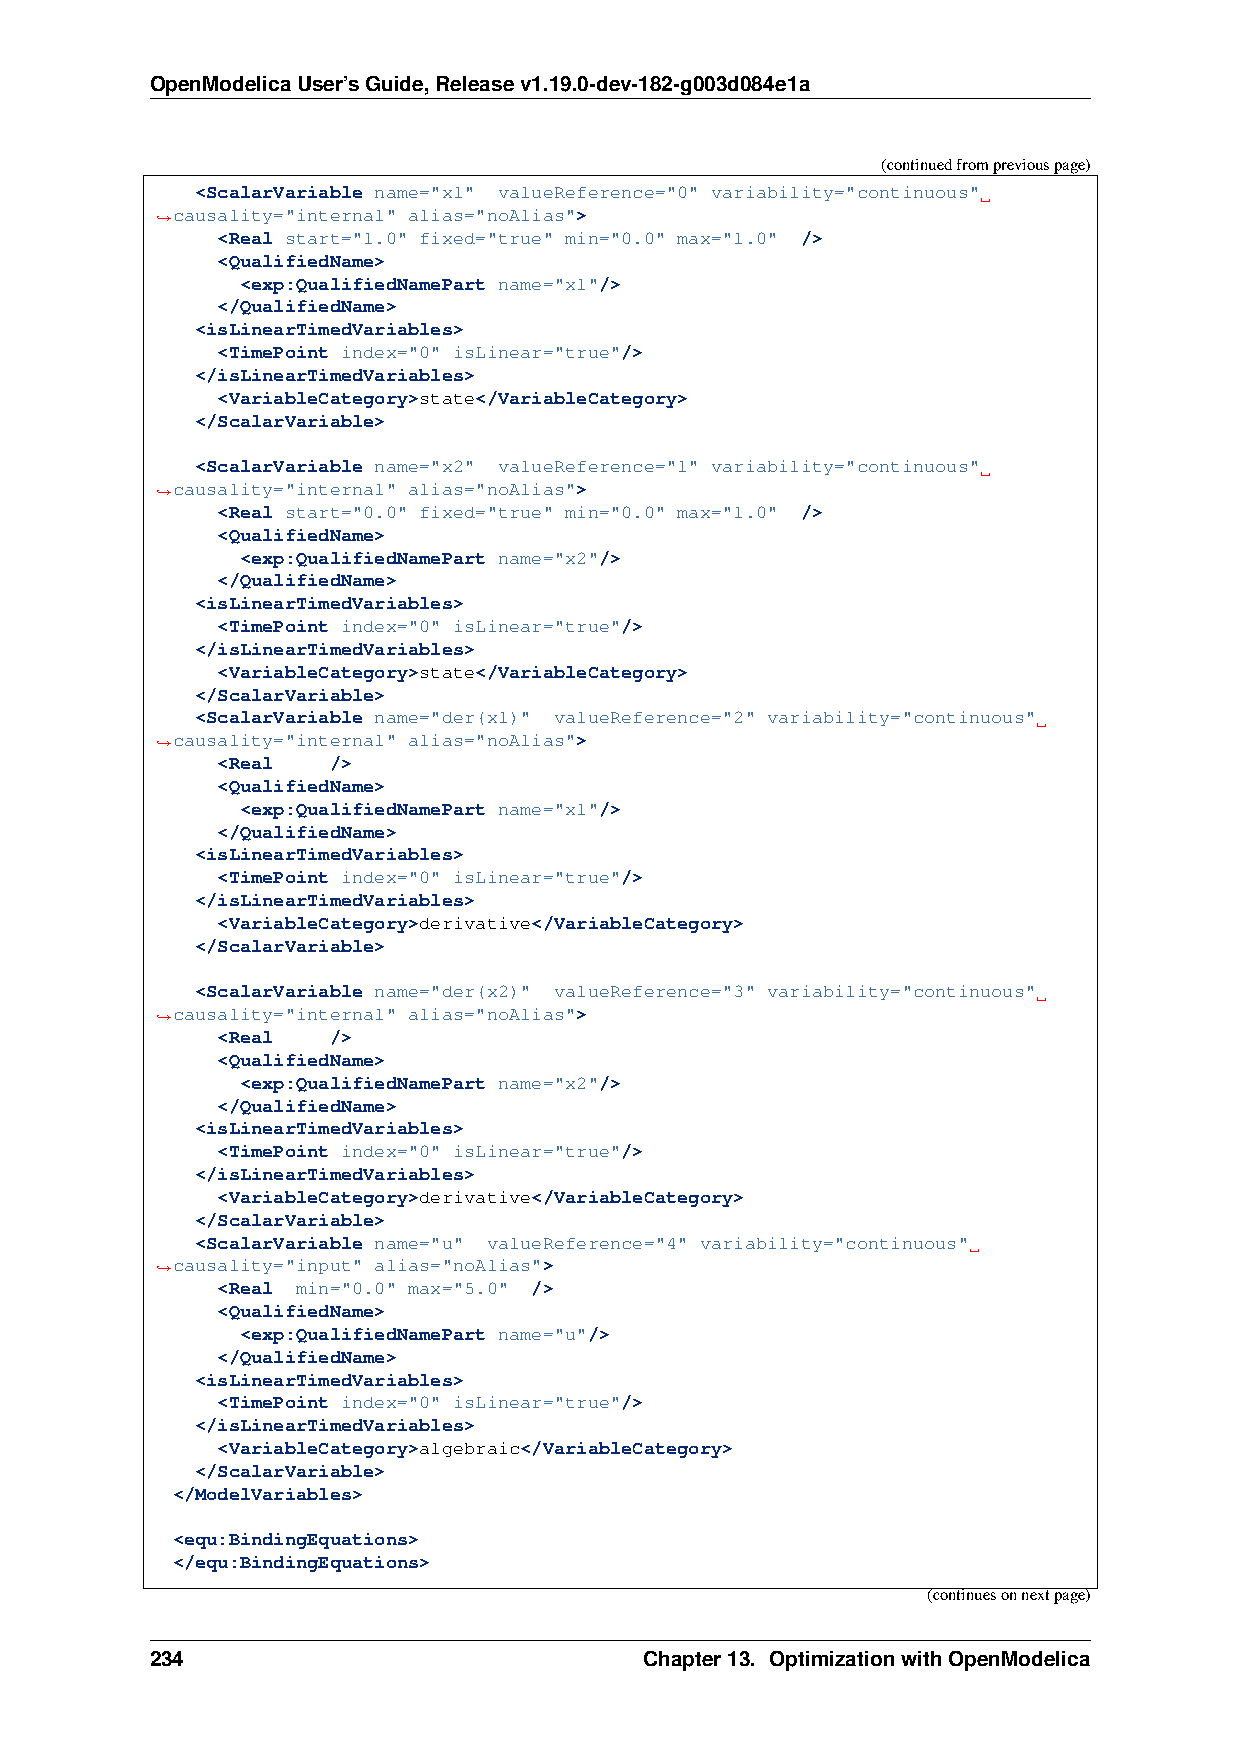
OpenModelicaUser’sGuide,Releasev1.19.0-dev-182-g003d084e1a
 (continuedfrompreviouspage)
 <ScalarVariable name="x1" valueReference="0" variability="continuous"
 causality="internal" alias="noAlias">
 ˓→
 <Real start="1.0" fixed="true" min="0.0" max="1.0" />
 <QualifiedName>
 <exp:QualifiedNamePart name="x1"/>
 </QualifiedName>
 <isLinearTimedVariables>
 <TimePoint index="0" isLinear="true"/>
 </isLinearTimedVariables>
 <VariableCategory>state</VariableCategory>
 </ScalarVariable>
 <ScalarVariable name="x2" valueReference="1" variability="continuous"
 causality="internal" alias="noAlias">
 ˓→
 <Real start="0.0" fixed="true" min="0.0" max="1.0" />
 <QualifiedName>
 <exp:QualifiedNamePart name="x2"/>
 </QualifiedName>
 <isLinearTimedVariables>
 <TimePoint index="0" isLinear="true"/>
 </isLinearTimedVariables>
 <VariableCategory>state</VariableCategory>
 </ScalarVariable>
 <ScalarVariable name="der(x1)" valueReference="2" variability="continuous"
 causality="internal" alias="noAlias">
 ˓→
 <Real   />
 <QualifiedName>
 <exp:QualifiedNamePart name="x1"/>
 </QualifiedName>
 <isLinearTimedVariables>
 <TimePoint index="0" isLinear="true"/>
 </isLinearTimedVariables>
 <VariableCategory>derivative</VariableCategory>
 </ScalarVariable>
 <ScalarVariable name="der(x2)" valueReference="3" variability="continuous"
 causality="internal" alias="noAlias">
 ˓→
 <Real   />
 <QualifiedName>
 <exp:QualifiedNamePart name="x2"/>
 </QualifiedName>
 <isLinearTimedVariables>
 <TimePoint index="0" isLinear="true"/>
 </isLinearTimedVariables>
 <VariableCategory>derivative</VariableCategory>
 </ScalarVariable>
 <ScalarVariable name="u" valueReference="4" variability="continuous"
 causality="input" alias="noAlias">
 ˓→
 <Real min="0.0" max="5.0" />
 <QualifiedName>
 <exp:QualifiedNamePart name="u"/>
 </QualifiedName>
 <isLinearTimedVariables>
 <TimePoint index="0" isLinear="true"/>
 </isLinearTimedVariables>
 <VariableCategory>algebraic</VariableCategory>
 </ScalarVariable>
 </ModelVariables>
 <equ:BindingEquations>
 </equ:BindingEquations>
 (continuesonnextpage)
 234                              Chapter13. OptimizationwithOpenModelica